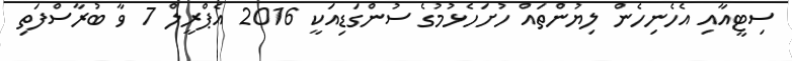
ސިޓީއާއި އެހެނިހެން ލިޔުންތައް ހުށަހެޅުމުގެ ސުންގަޑިއަކީ 2016 އެޕްރީލް 7 ވާ ބުރާސްފަތި